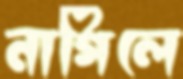
নাগিলে